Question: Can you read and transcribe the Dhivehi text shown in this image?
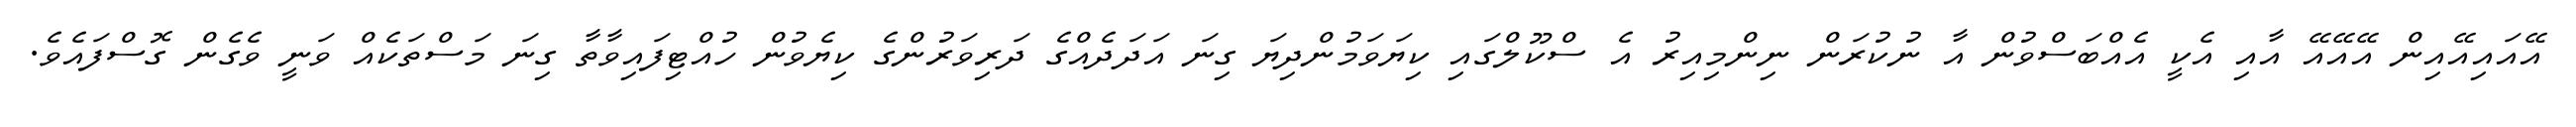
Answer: އޭއައިއޭއިން އޭއޭއޭ އާއި އެކީ އެއްބަސްވުން އާ ނުކުރަން ނިންމިއިރު އެ ސްކޫލްގައި ކިޔަވަމުންދިޔަ ގިނަ އަދަދެއްގެ ދަރިވަރުންގެ ކިޔެވުން ހުއްޓިފައިވާތާ ގިނަ މަސްތަކެއް ވަނީ ވެގެން ގޮސްފައެވެ.